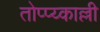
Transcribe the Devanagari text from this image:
तोप्प्य्काल्ली